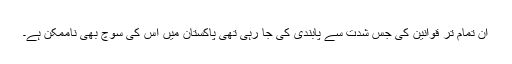
ان تمام تر قوانین کی جس شدت سے پابندی کی جا رہی تھی پاکستان میں اس کی سوچ بھی ناممکن ہے۔